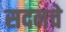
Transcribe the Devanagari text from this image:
सदनचे